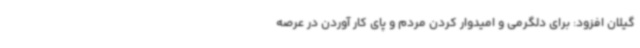
گیلان افزود: برای دلگرمی و امیدوار کردن مردم و پای کار آوردن در عرصه